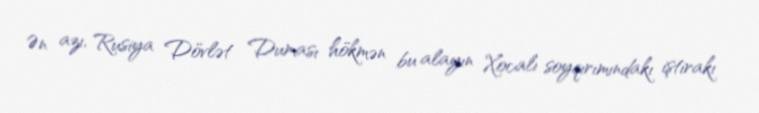
Ən azı, Rusiya Dövlət Duması hökmən bu alayın Xocalı soyqırımındakı iştirakı